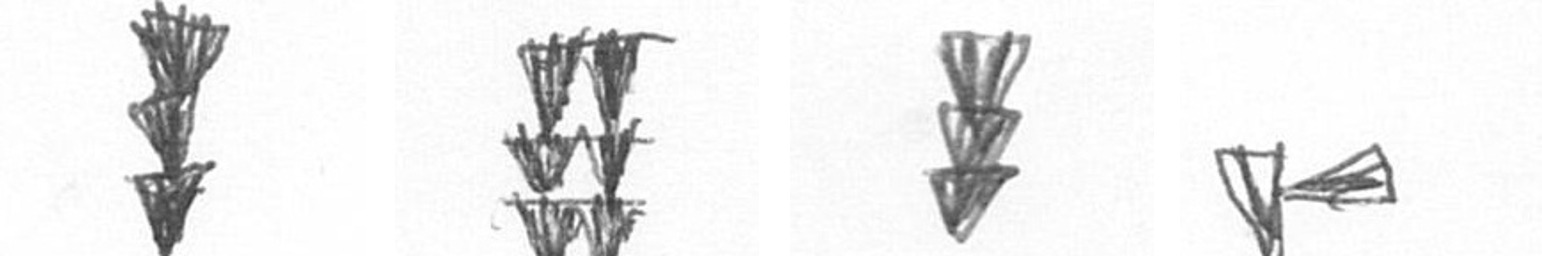
E Y E F